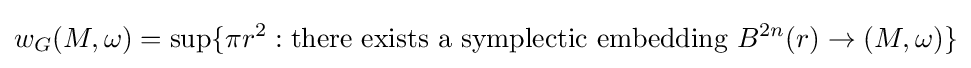
w_{G}(M,\omega )=\sup\{\pi r^{2}:{\text{there exists a symplectic embedding }}B^{2n}(r)\to (M,\omega )\}